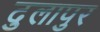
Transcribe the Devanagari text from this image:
दुलापुर